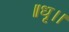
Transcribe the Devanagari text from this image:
॥धृ।।